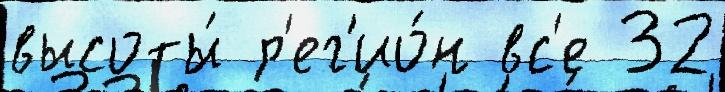
высоты́ р'ег'ио́н вс'е 32